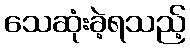
သေဆုံးခဲ့ရသည့်